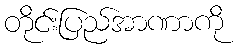
တိုင်းပြည်အာဏာကို